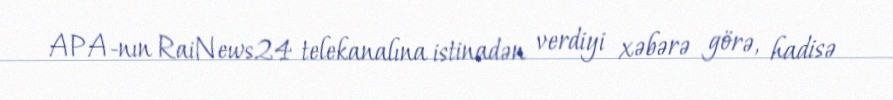
APA-nın RaiNews24 telekanalına istinadən verdiyi xəbərə görə, hadisə